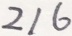
2 1 6